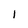
Character: 1